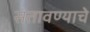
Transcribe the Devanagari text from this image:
सतावण्याचे